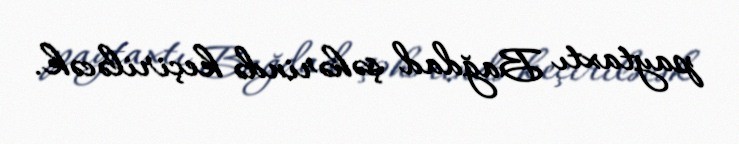
paytaxtı Bağdad şəhərində keçiriləcək.